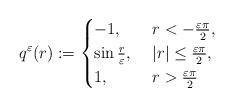
LaTeX: \begin{align*}q^{\varepsilon}(r):=\begin{cases} -1 , & \ r< - \frac{\varepsilon\pi}{2}, \\\sin \frac{r}{\varepsilon} ,& \ |r| \leq\frac{\varepsilon\pi}{2} , \\1, & \ r>\frac{\varepsilon\pi}{2}\end{cases}\end{align*}